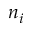
n _ { i }